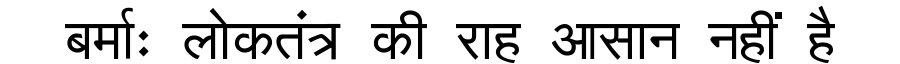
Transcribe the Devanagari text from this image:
बर्माः लोकतंत्र की राह आसान नहीं है